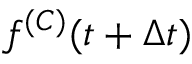
f ^ { ( C ) } ( t + \Delta t )